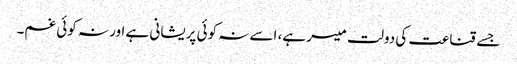
جسے قناعت کی دولت میسر ہے، اسے نہ کوئی پریشانی ہے اور نہ کوئی غم۔